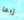
ربما